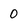
Character: O